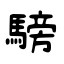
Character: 騯